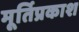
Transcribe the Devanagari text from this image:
मूर्तिप्रकाश